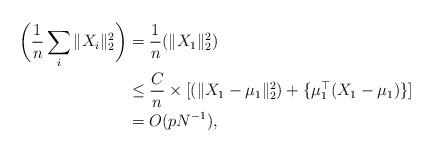
LaTeX: \begin{align*} \bigg(\frac{1}{n}\sum_{i}\|X_i\|_{2}^{2}\bigg)&=\frac{1}{n}(\|X_1\|_{2}^{2})\\ &\le \frac{C}{n}\times[(\|X_1-\mu_1\|_{2}^{2})+\{\mu_1^{\top}(X_1-\mu_1)\}]\\ &=O(p N^{-1}),\end{align*}